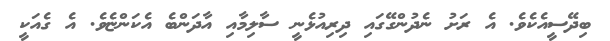
ބިދޭސީއެކެވެ. އެ ރަށު ނެދުންގޭގައި ދިރިއުޅެނީ ސާލިމާއި އާދަންބެ އެކަންޏެވެ. އެ ގެއަކީ